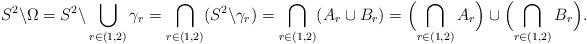
LaTeX: \begin{align*}S^2\backslash\Omega=S^2\backslash\bigcup_{r\in(1,2)}\gamma_r=\bigcap_{r\in(1,2)}(S^2\backslash\gamma_r)=\bigcap_{r\in(1,2)}(A_r\cup B_r)=\Bigl(\bigcap_{r\in(1,2)}A_r\Bigr)\cup\Bigl(\bigcap_{r\in(1,2)}B_r\Bigr).\end{align*}